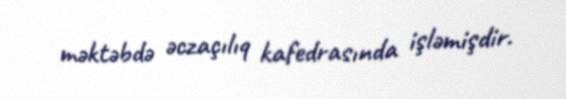
məktəbdə əczaçılıq kafedrasında işləmişdir.